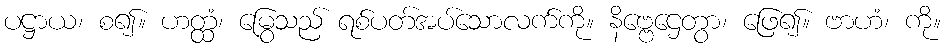
ပဋ္ဌာယ၊ စ၍။ ဟတ္ထံ၊ မြွေသည် ရစ်ပတ်အပ်သောလက်ကို။ နိဗ္ဗေဌေတွာ၊ ဖြေ၍။ ဗာဟံ၊ ကို။